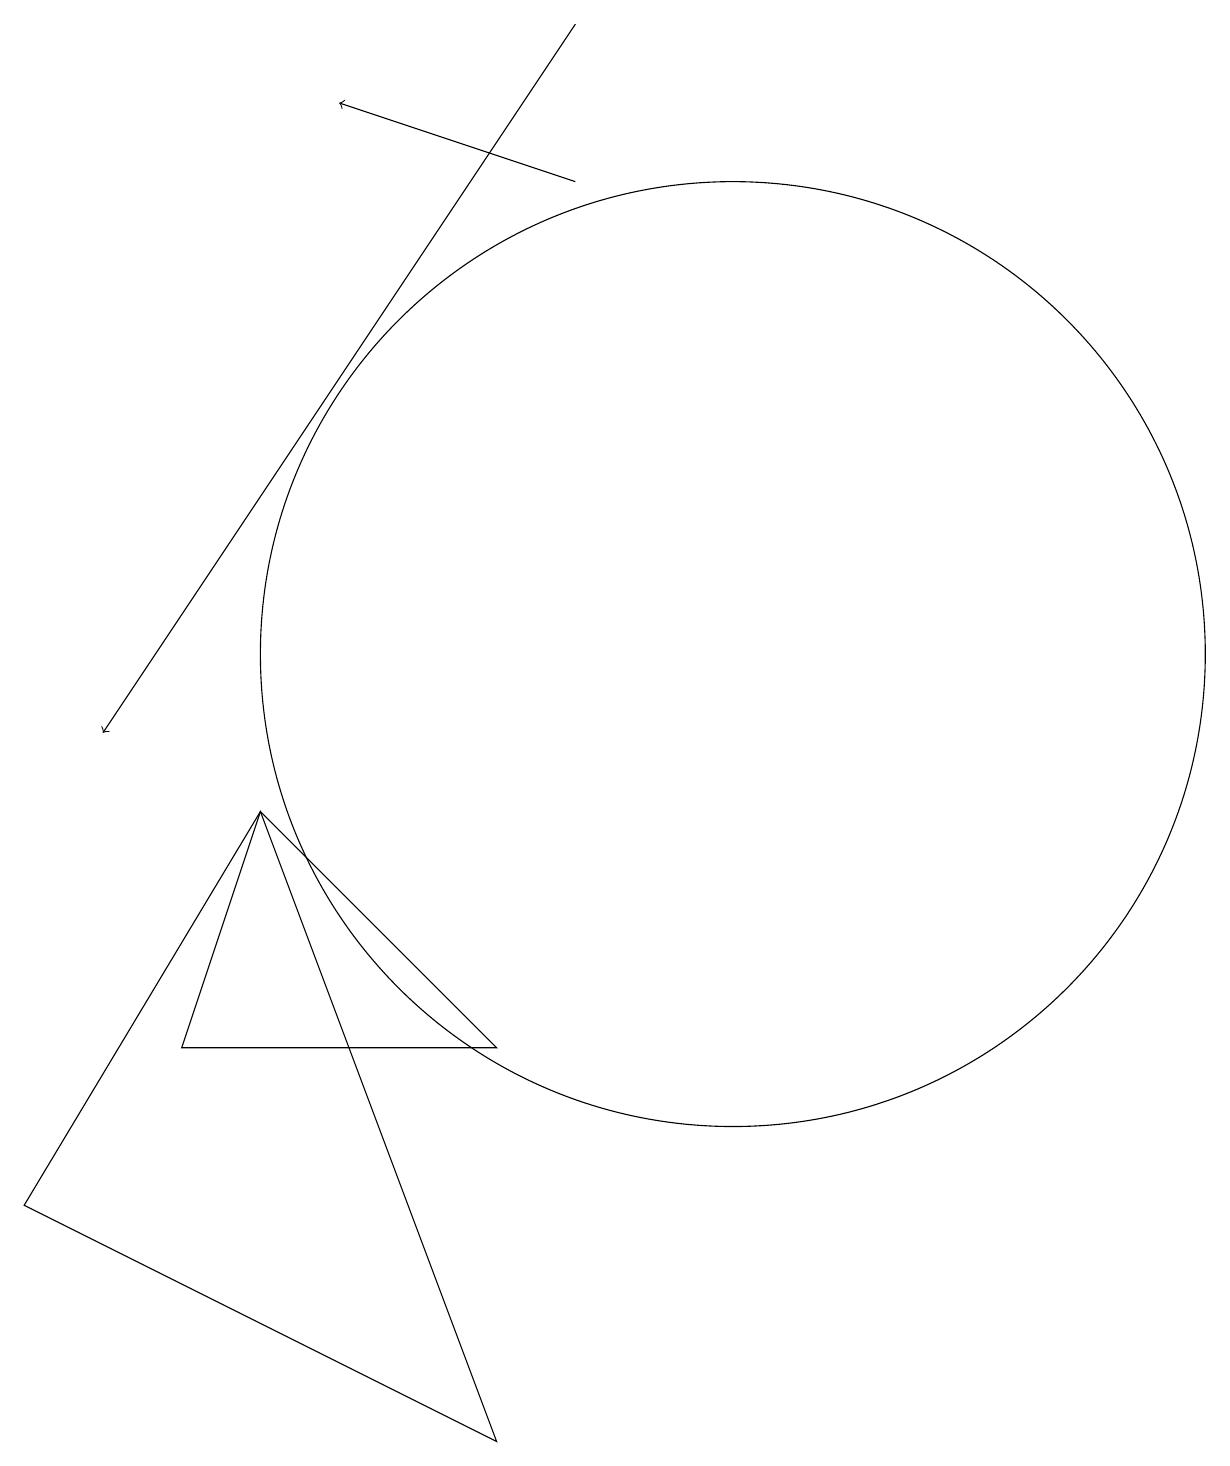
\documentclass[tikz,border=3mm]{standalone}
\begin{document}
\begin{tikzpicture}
\draw (1,4) -- (4,9) -- (7,1) -- cycle;
\draw[->] (8,19) -- (2,10);
\draw[->] (8,17) -- (5,18);
\draw (10,11) circle (6);
\draw (7,6) -- (3,6) -- (4,9) -- cycle;
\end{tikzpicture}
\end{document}